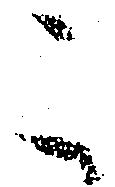
こ